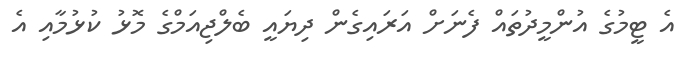
އެ ޓީމުގެ އުންމީދުތައް ފެނަށް އަރައިގެން ދިޔައީ ބެލްޖިއަމްގެ މޮޅު ކުޅުމާއި އެ